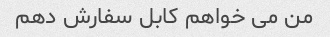
من می خواهم کابل سفارش دهم